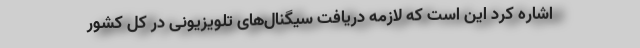
اشاره کرد این است که لازمه دریافت سیگنال‌های تلویزیونی در کل کشور